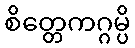
စိတ္တေကဂ္ဂမ္ပိ